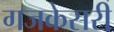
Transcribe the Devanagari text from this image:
गजकेसरी